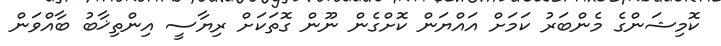
ކޮމިޝަންގެ މެންބަރު ކަމަށް އައްޔަން ކޮށްގެން ނޫން ގޮތަކަށް ރިޔާސީ އިންތިޚާބު ބާއްވަން